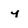
Character: y